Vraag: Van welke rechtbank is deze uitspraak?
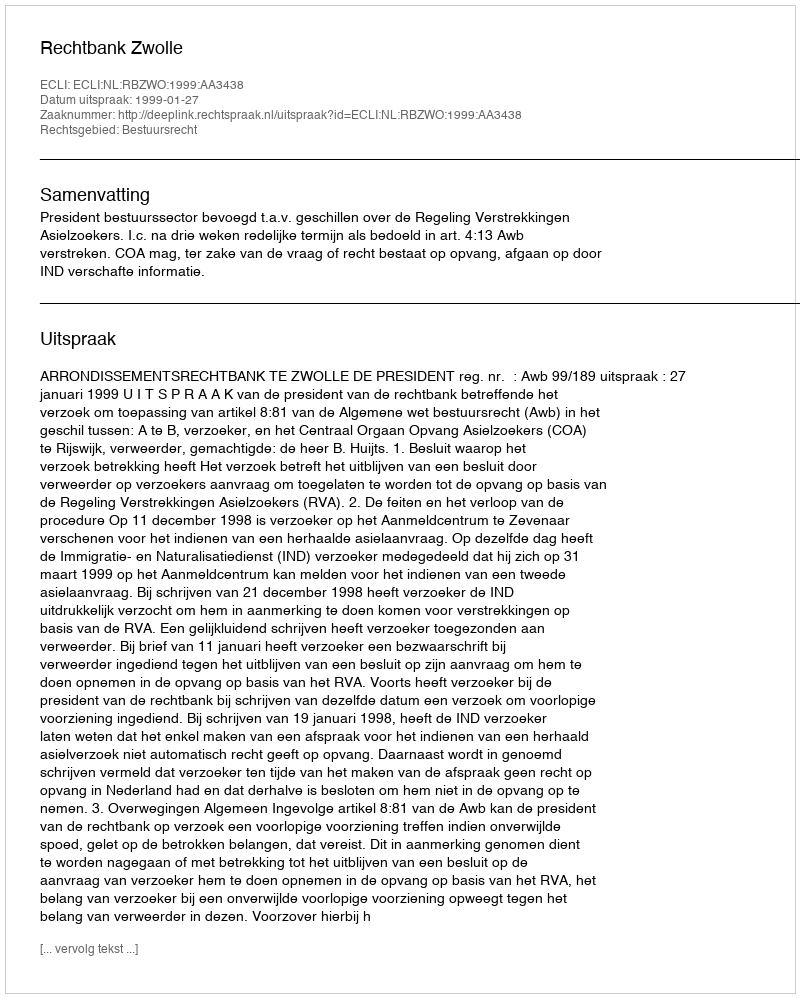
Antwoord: Rechtbank Zwolle